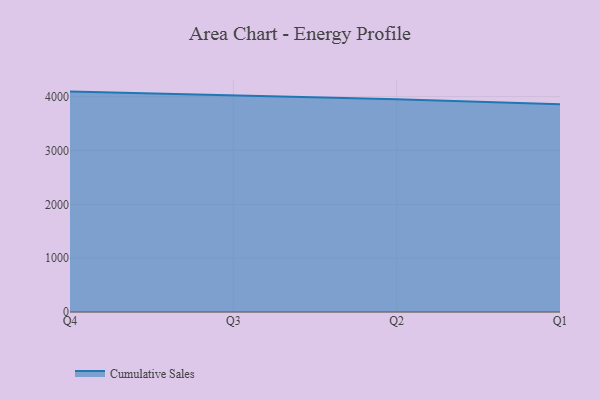
{"axis": {"x": "Quarter", "y": "Conversion Rate (%)"}, "legend": ["Cumulative Sales"], "data": [{"x": "Q4", "y": 4092.9, "type": "Cumulative Sales"}, {"x": "Q3", "y": 4027.9, "type": "Cumulative Sales"}, {"x": "Q2", "y": 3951.6, "type": "Cumulative Sales"}, {"x": "Q1", "y": 3856.1, "type": "Cumulative Sales"}]}